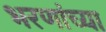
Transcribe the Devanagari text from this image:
भरणांच्या